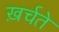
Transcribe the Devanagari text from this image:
ख़र्चते